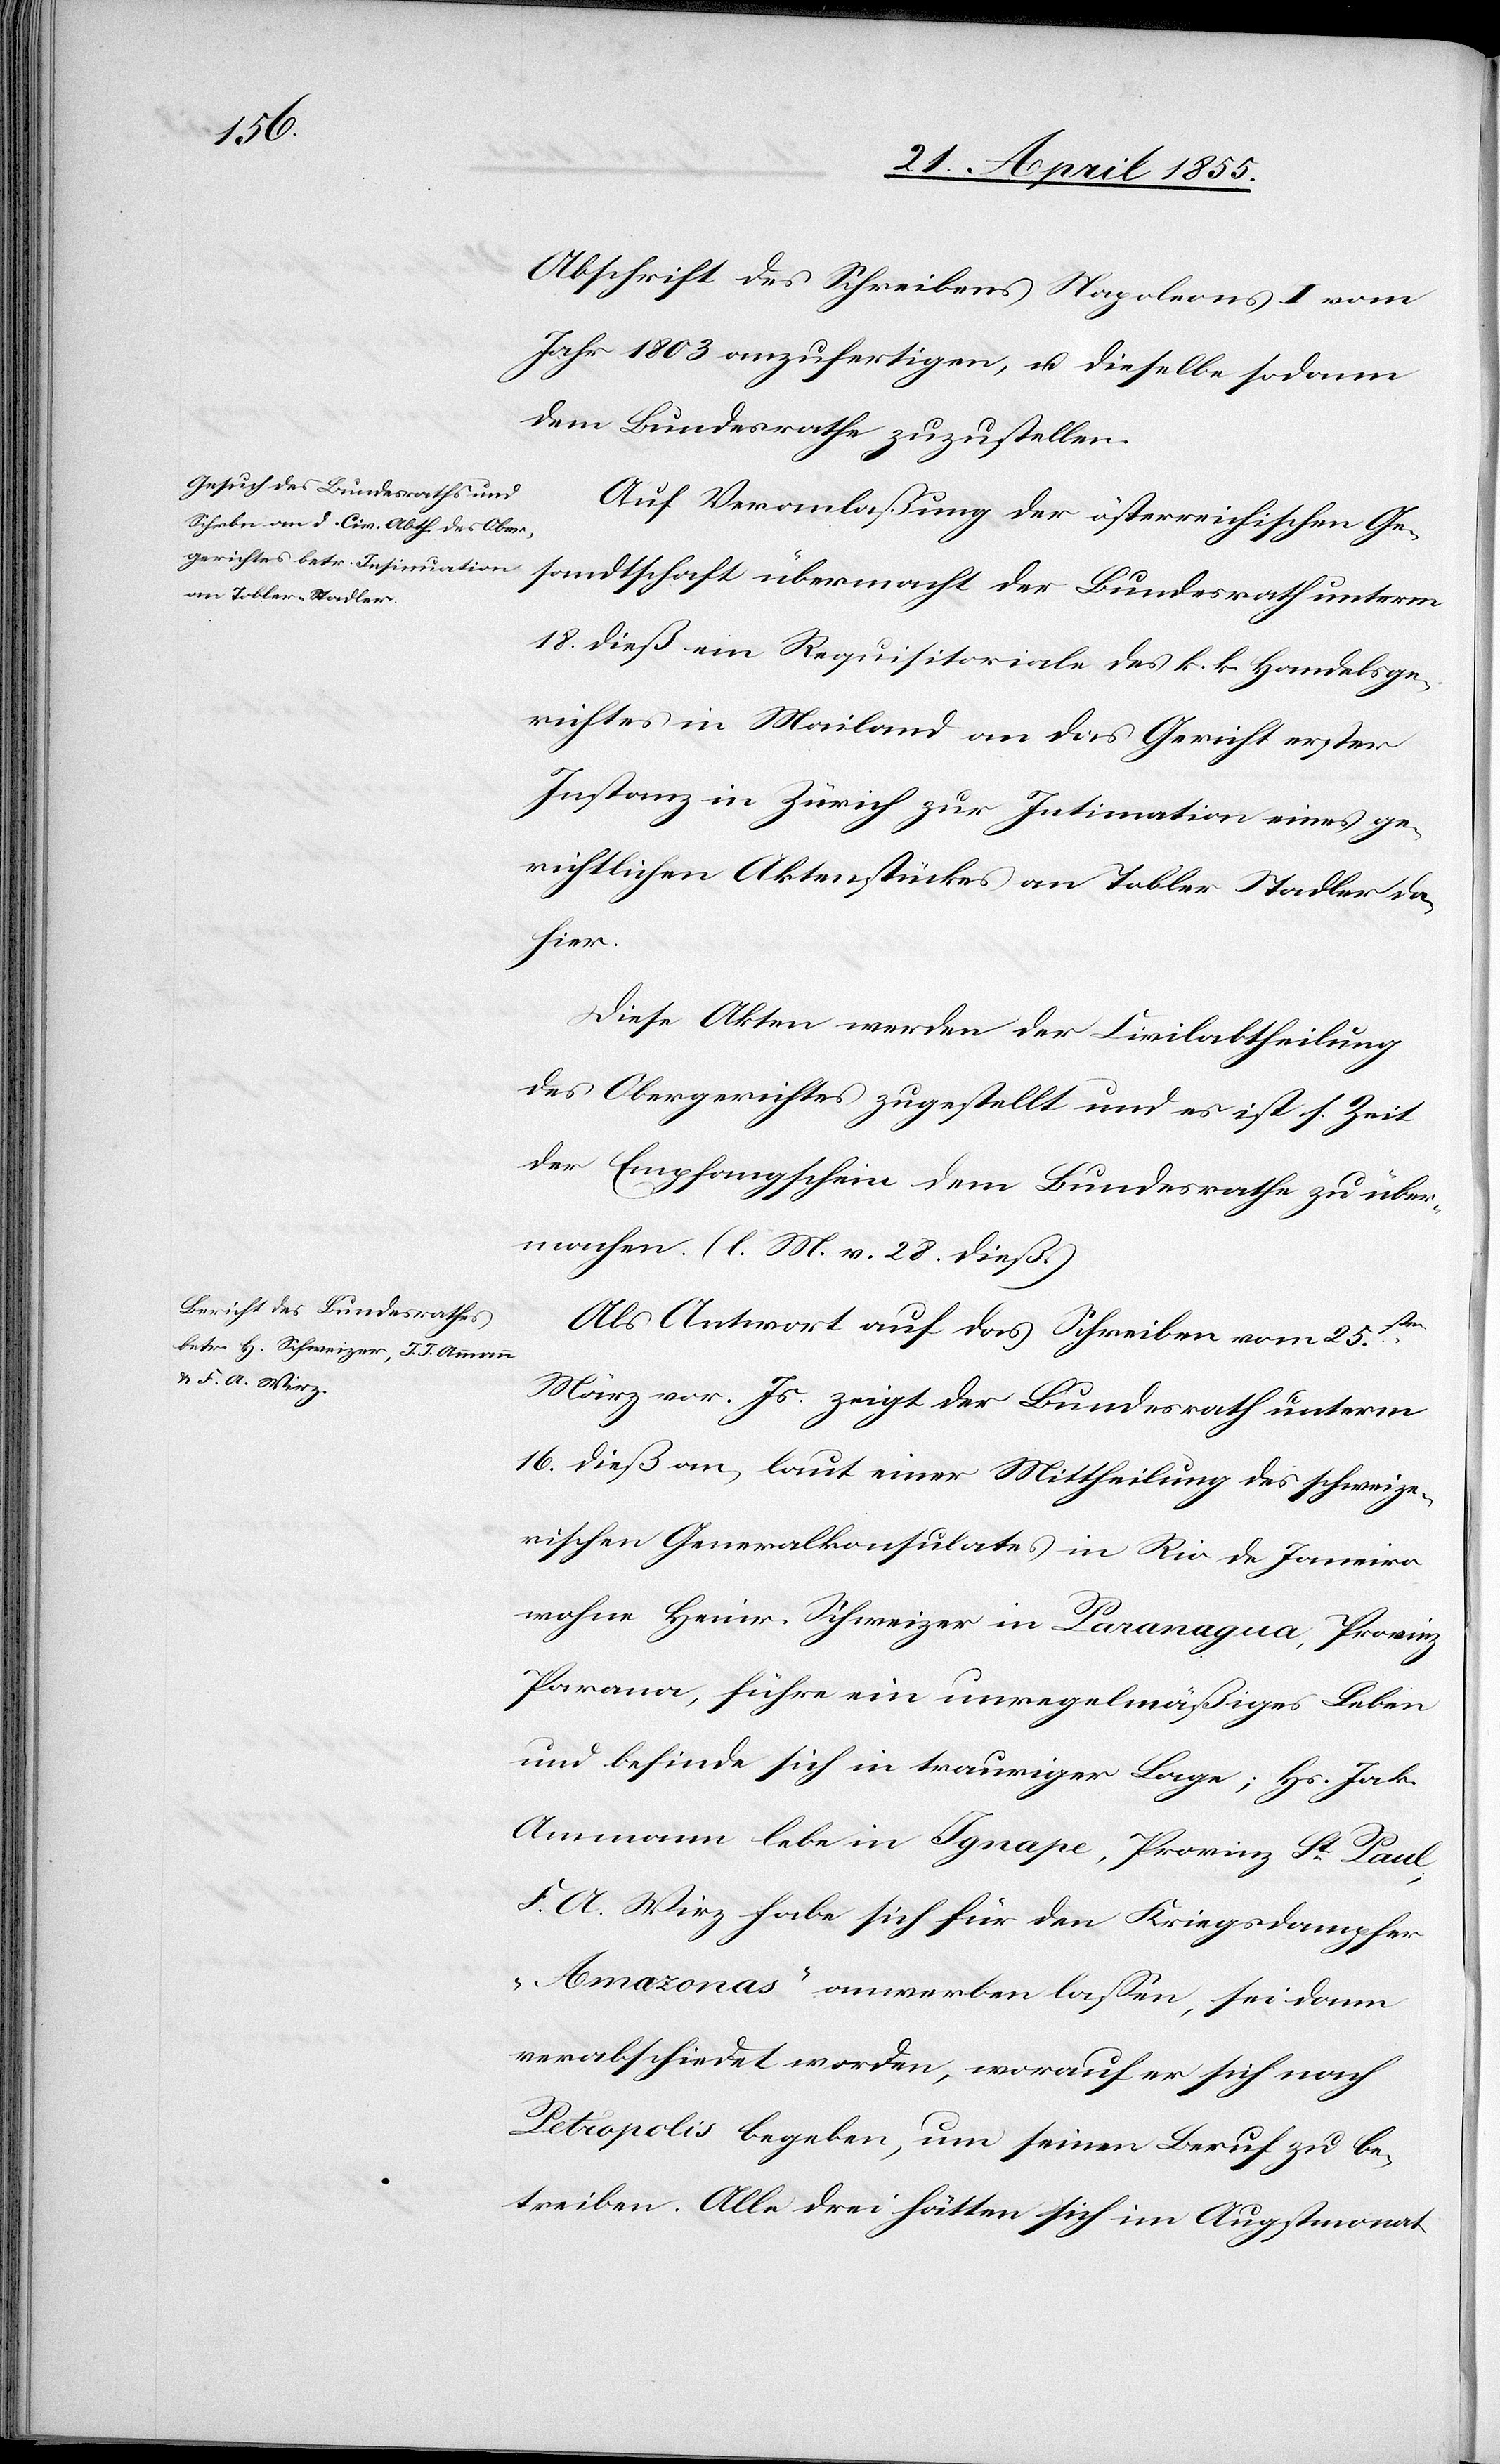
Abschrift des Schreibens Napoleons I vom
Jahr 1803 anzufertigen, u. dieselbe sodann
dem Bundesrathe zuzustellen.
Auf Veranlaßung der österreichischen Ge¬
sandtschaft übermacht der Bundesrath unterm
18. dieß ein Requisitoriale des k. k. Handelsge¬
richtes in Mailand an das Gericht erster
Instanz in Zürich zur Intimation eines ge¬
richtlichen Aktenstückes an Tobler Stadler da¬
hier.
Diese Akten werden der Civilabtheilung
des Obergerichtes zugestellt und es ist s. Zeit
der Empfangschein dem Bundesrathe zu über¬
machen. (l. M. v. 28. dieß.)
Als Antwort auf das Schreiben vom 25sten
März vor. Js. zeigt der Bundesrath unterm
16. dieß an, laut einer Mittheilung des schweize¬
rischen Generalkonsulates in Rio de Janeiro
wohne Heinr. Schweizer in Paranagua, Provinz
Parana, führe ein unregelmäßiges Leben
und befinde sich in trauriger Lage; Hs. Jak.
F. A. Wirz habe sich für den Kriegsdampfer
„Amazonas“ anwerben lassen, sei dann
verabschiedet worden, worauf er sich nach
Petropolis begeben, um seinen Beruf zu be¬
treiben. Alle drei hätten sich im Augstmonat